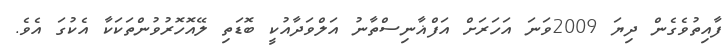
ފާއިތުވެގެން ދިޔަ 2009ވަނަ އަހަރަށް އަފްޣާނިސްތާނު އަލްވަދާއުކީ ބޮޑަތި ލޭއޮހޮރުވުންތަކަކާ އެކުގަ އެވެ.